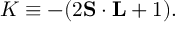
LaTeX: { \cal K } \equiv - ( 2 { \bf S } \cdot { \bf L } + 1 ) .